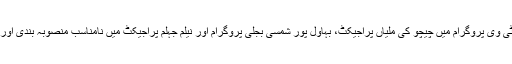
ایک معاشی تجزیہ کار نے اسی ٹی وی پروگرام میں چیچو کی ملیاں پراجیکٹ، بہاول پور شمسی بجلی پروگرام اور نیلم جہلم پراجیکٹ میں نامناسب منصوبہ بندی اور بدانتظامی کی نشان دہی کی ہے۔